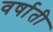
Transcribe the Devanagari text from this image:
वर्षाती